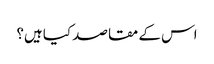
اس کے مقاصد کیا ہیں؟